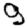
Digit: 9